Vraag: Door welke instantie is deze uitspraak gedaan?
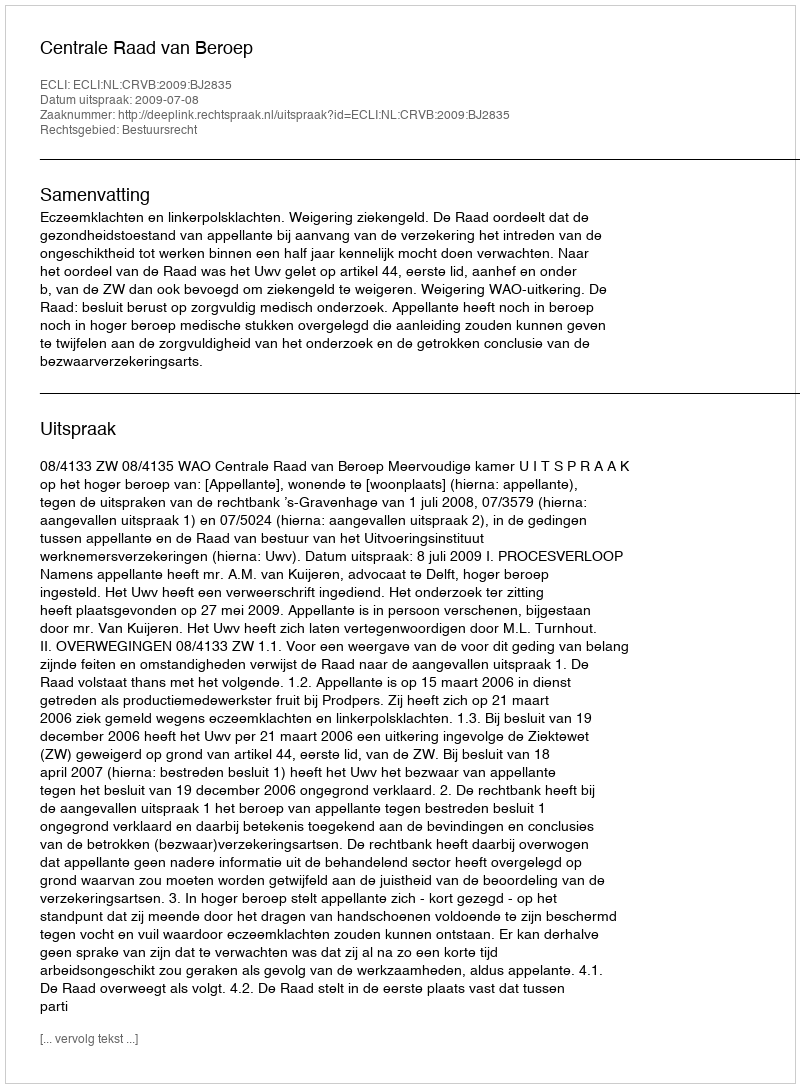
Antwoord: Centrale Raad van Beroep